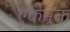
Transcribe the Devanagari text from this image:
एकमुक्त